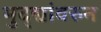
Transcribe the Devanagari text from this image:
मुद्द्यांवरुन